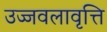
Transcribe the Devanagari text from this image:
उज्जवलावृत्ति